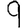
Digit: 9